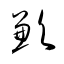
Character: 歉